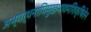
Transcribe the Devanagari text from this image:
अभ्यर्थनापिमुखभावमशिक्षितेन